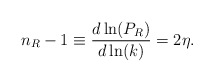
\begin{align*}n_R-1\equiv \frac{d\ln(P_R)}{d\ln(k)}=2\eta.\end{align*}